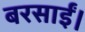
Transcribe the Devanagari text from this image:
बरसाईं।